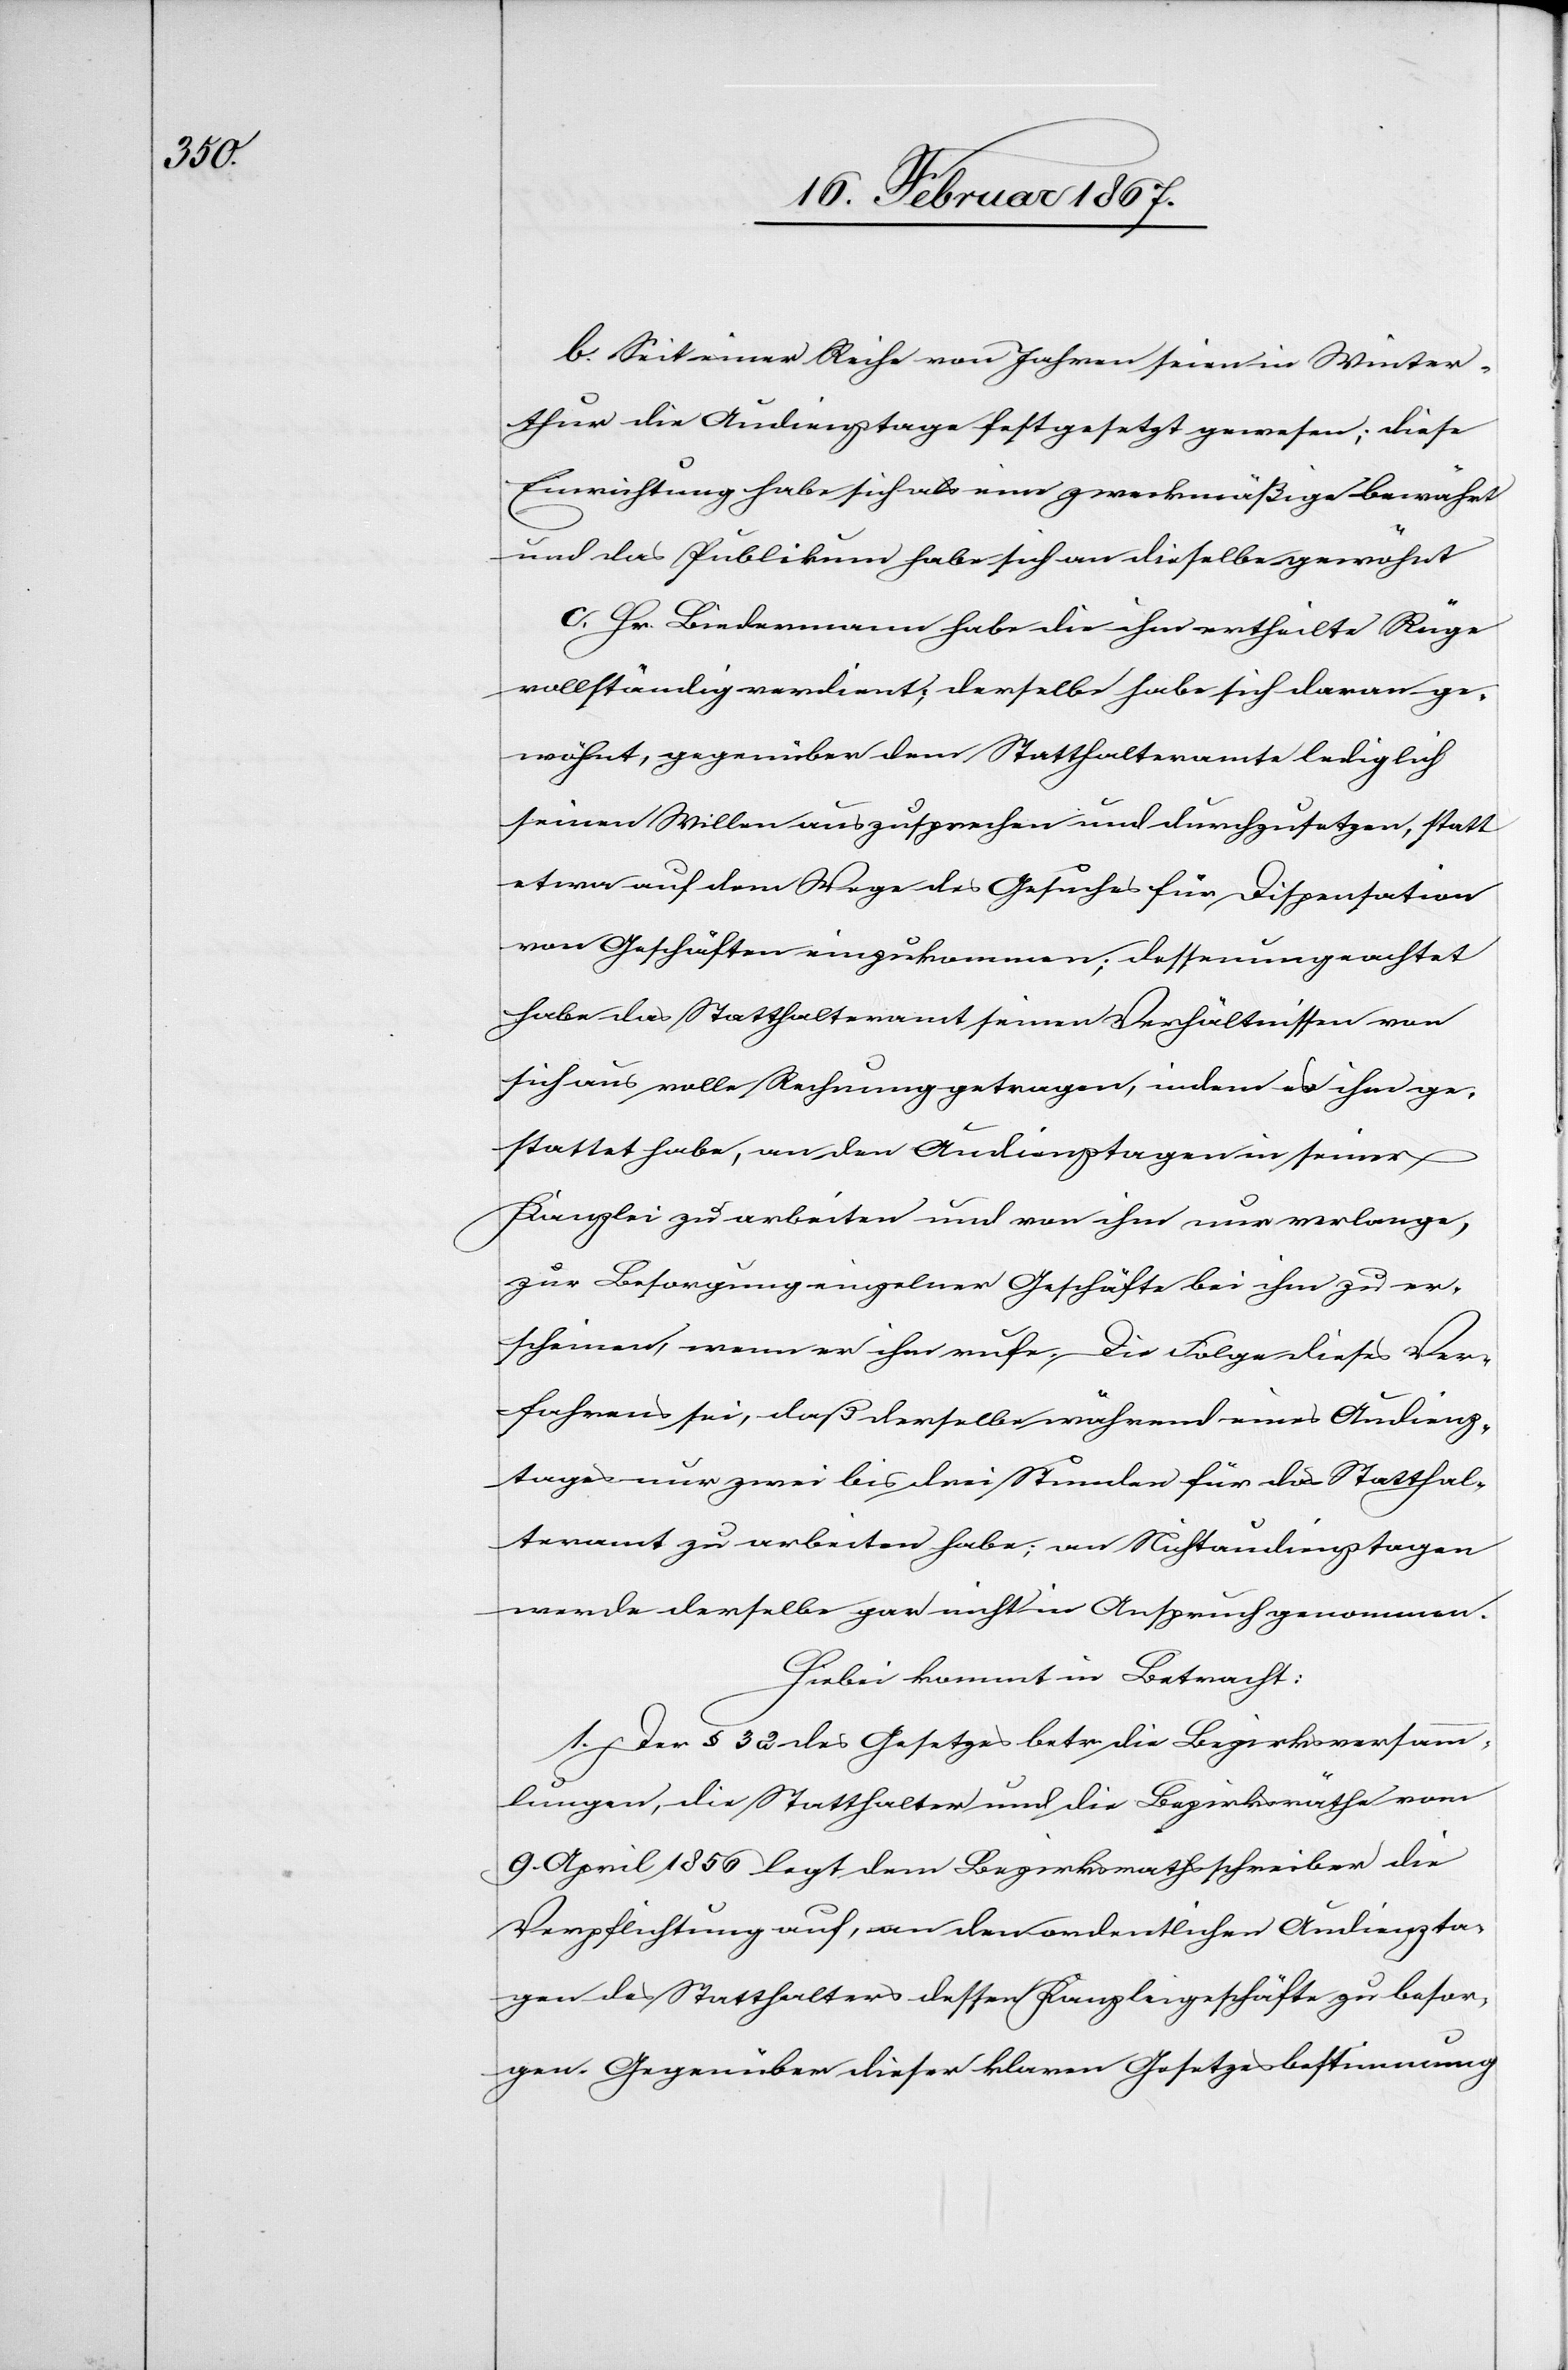
b. Seit einer Reihe von Jahren seien in Winter¬
thur die Audienztage festgesetzt gewesen; diese
Einrichtung habe sich als eine zweckmäßige bewährt
und das Publikum habe sich an dieselbe gewöhnt
c. Hr. Biedermann habe die ihm ertheilte Rüge
vollständig verdient; derselbe habe sich daran ge¬
wöhnt, gegenüber dem Statthalteramte lediglich
seinen Willen auszusprechen und durchzusetzen, statt
etwa auf dem Wege des Gesuches für Dispensation
von Geschäften einzukommen; dessen ungeachtet
habe das Statthalteramt seinen Verhältnissen von
sich aus volle Rechnung getragen, indem es ihm ge¬
stattet habe, an den Audienztagen in seiner
Kanzlei zu arbeiten und von ihm nur verlange,
zur Besorgung einzelner Geschäft bei ihm zu er¬
scheinen, wenn er ihn rufe. Die Folge dieses Ver¬
fahrens sei, daß derselbe während eines Audienz¬
tages nur zwei bis drei Stunden für das Statthal¬
teramt zu arbeiten habe; an Nichtaudienztagen
werde derselbe gar nicht in Anspruch genommen.
Hiebei kommt in Betracht:
1. Der § 32 des Gesetzes betr. die Bezirksversamm¬
lungen, die Statthalter und die Bezirksräthe vom
9. April 1856 legt dem Bezirksrathsschreiber die
Verpflichtung auf, an den ordentlichen Audienzta¬
gen des Statthalters dessen Kanzleigeschäfte zu besor¬
gen. Gegenüber dieser klaren Gesetzesbestimmung